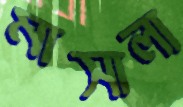
মাসালা